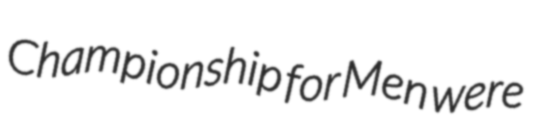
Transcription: Championship for Men were